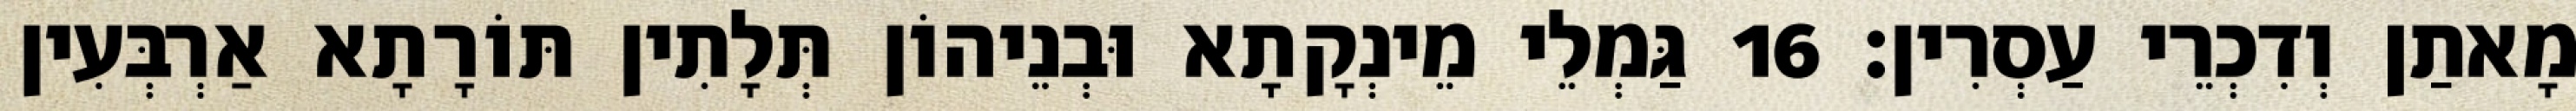
מָאתַן וְדִכְרֵי עַסְרִין׃ 16 גַּמְלֵי מֵינְקָתָא וּבְנֵיהוֹן תְּלָתִין תּוֹרָתָא אַרְבְּעִין